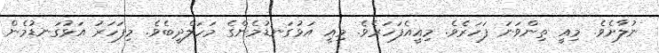
ނުލާށެވެ. މިއީ ތިންވަނަ ފަހަރެވެ. މިއީއެފަހަރެވެ. މިއީ އަޅުގަނޑުމެންގެ މަހަލްދީބެވެ. މިފަހަރު އަޅުގަނޑުމެން